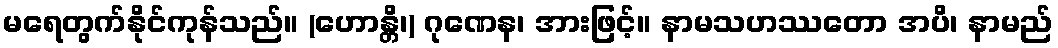
မရေတွက်နိုင်ကုန်သည်။ (ဟောန္တိ၊) ဂုဏေန၊ အားဖြင့်။ နာမသဟဿတော အပိ၊ နာမည်